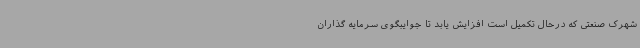
شهرک صنعتی که درحال تکمیل است افزایش یابد تا جوایبگوی سرمایه گذاران